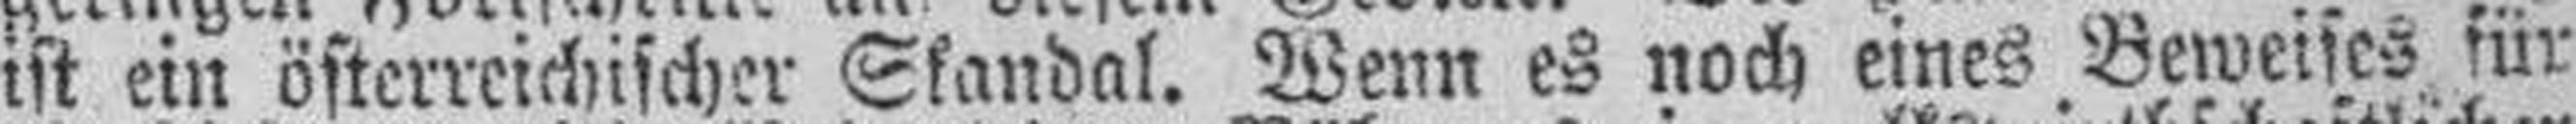
ist ein österreichischer Skandal. Wenn es noch eines Beweises für